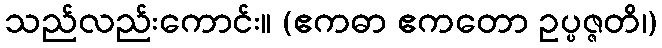
သည်လည်းကောင်း။ (ဧကဓာ ဧကတော ဥပ္ပဇ္ဇတိ၊)